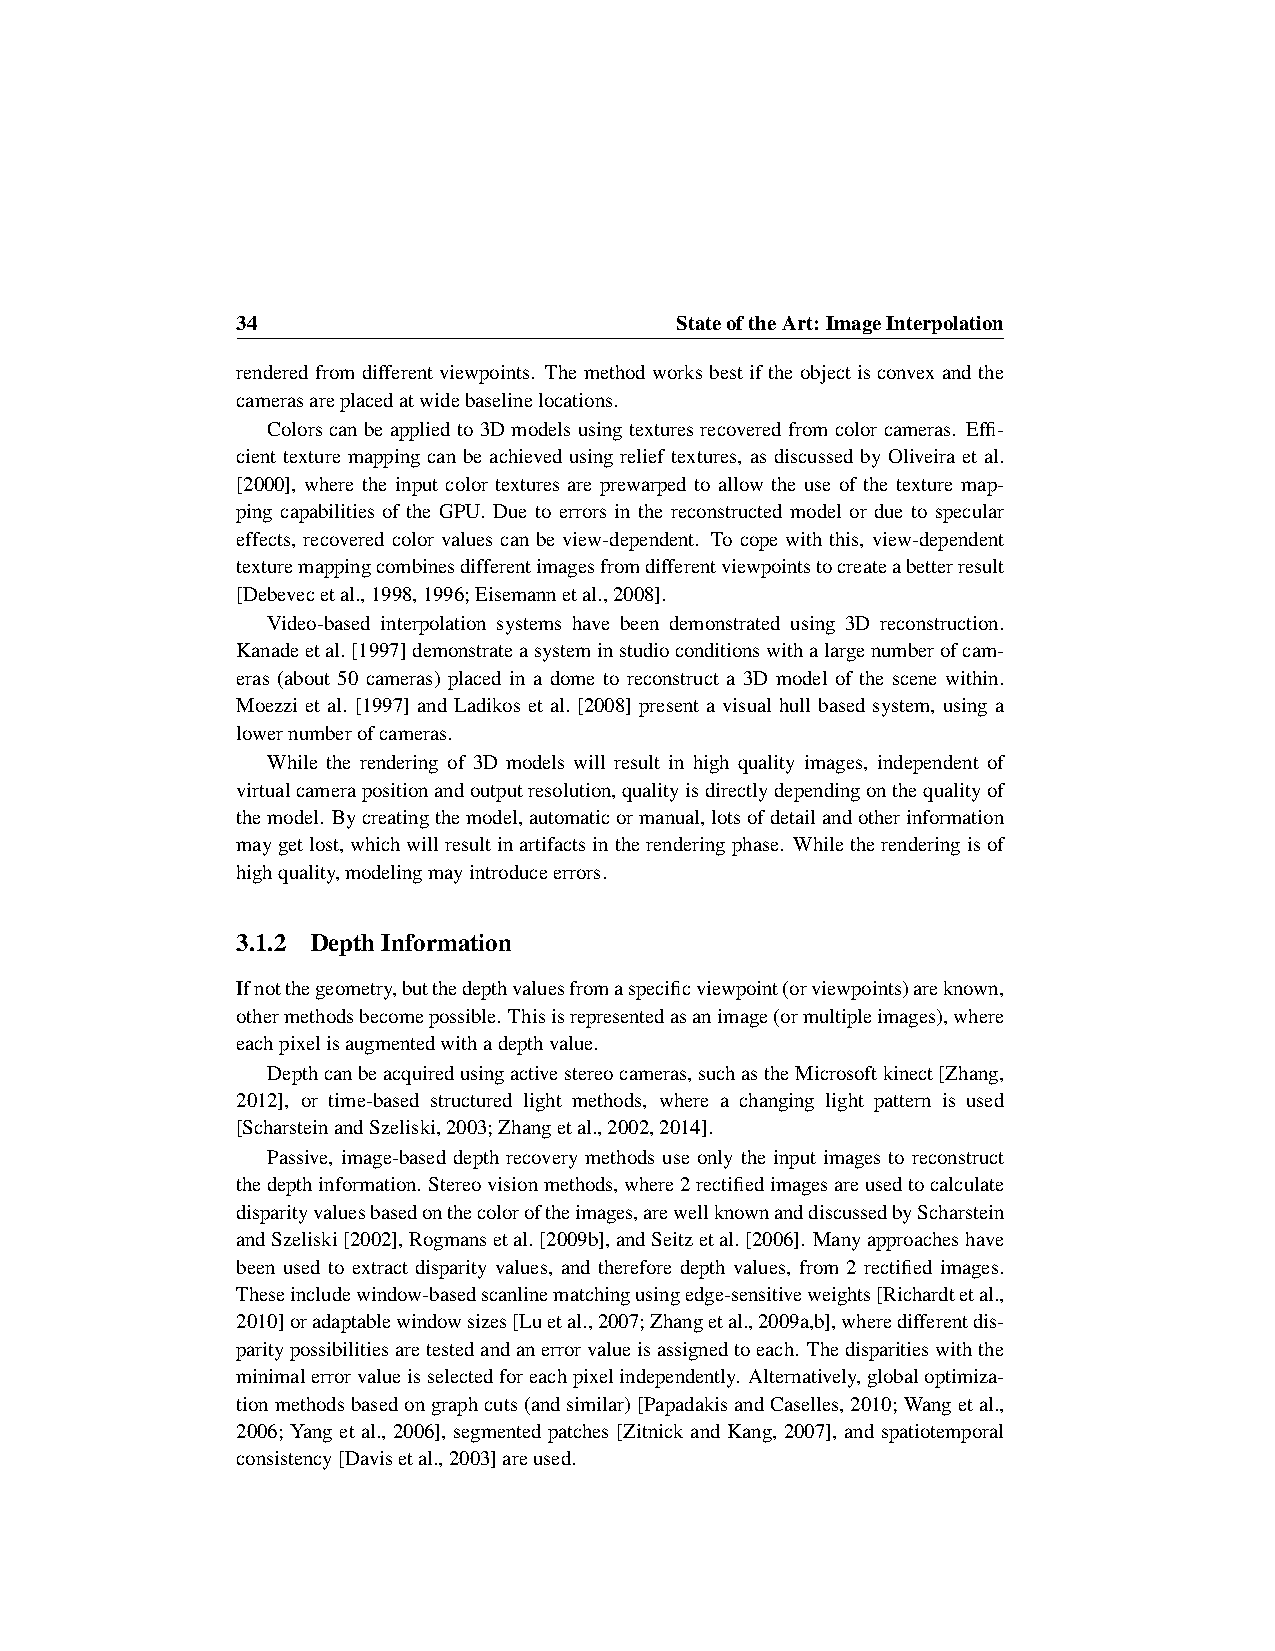
34                           StateoftheArt: ImageInterpolation
 rendered from different viewpoints. The method works best if the object is convex and the
 camerasareplacedatwidebaselinelocations.
 Colors can be applied to 3D models using textures recovered from color cameras. Effi-
 cient texture mapping can be achieved using relief textures, as discussed by Oliveira et al.
 [2000], where the input color textures are prewarped to allow the use of the texture map-
 ping capabilities of the GPU. Due to errors in the reconstructed model or due to specular
 effects, recovered color values can be view-dependent. To cope with this, view-dependent
 texturemappingcombinesdifferentimagesfromdifferentviewpointstocreateabetterresult
 [Debevecetal.,1998,1996;Eisemannetal.,2008].
 Video-based interpolation systems have been demonstrated using 3D reconstruction.
 Kanadeetal.[1997]demonstrateasysteminstudioconditionswithalargenumberofcam-
 eras (about 50 cameras) placed in a dome to reconstruct a 3D model of the scene within.
 Moezzi et al. [1997] and Ladikos et al. [2008] present a visual hull based system, using a
 lowernumberofcameras.
 While the rendering of 3D models will result in high quality images, independent of
 virtualcamerapositionandoutputresolution,qualityisdirectlydependingonthequalityof
 themodel. Bycreatingthemodel,automaticormanual,lotsofdetailandotherinformation
 maygetlost,whichwillresultinartifactsintherenderingphase. Whiletherenderingisof
 highquality,modelingmayintroduceerrors.
 3.1.2 DepthInformation
 Ifnotthegeometry,butthedepthvaluesfromaspecificviewpoint(orviewpoints)areknown,
 othermethodsbecomepossible. Thisisrepresentedasanimage(ormultipleimages),where
 eachpixelisaugmentedwithadepthvalue.
 Depthcanbeacquiredusingactivestereocameras,suchastheMicrosoftkinect[Zhang,
 2012], or time-based structured light methods, where a changing light pattern is used
 [ScharsteinandSzeliski,2003;Zhangetal.,2002,2014].
 Passive, image-based depth recovery methods use only the input images to reconstruct
 thedepthinformation. Stereovisionmethods,where2rectifiedimagesareusedtocalculate
 disparityvaluesbasedonthecoloroftheimages,arewellknownanddiscussedbyScharstein
 andSzeliski[2002],Rogmansetal.[2009b],andSeitzetal.[2006]. Manyapproacheshave
 been used to extract disparity values, and therefore depth values, from 2 rectified images.
 Theseincludewindow-basedscanlinematchingusingedge-sensitiveweights[Richardtetal.,
 2010]oradaptablewindowsizes[Luetal.,2007;Zhangetal.,2009a,b],wheredifferentdis-
 paritypossibilitiesaretestedandanerrorvalueisassignedtoeach. Thedisparitieswiththe
 minimalerrorvalueisselectedforeachpixelindependently. Alternatively,globaloptimiza-
 tionmethodsbasedongraphcuts(andsimilar)[PapadakisandCaselles,2010;Wangetal.,
 2006; Yang et al., 2006], segmented patches [Zitnick and Kang, 2007], and spatiotemporal
 consistency[Davisetal.,2003]areused.